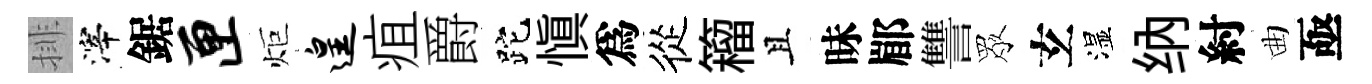
排滓鋸匣炬遑疽爵跎愼爲從籕且昧郿讐眾𤣥湿纳紂曲亟